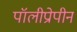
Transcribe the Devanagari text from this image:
पॉलीप्रोपीन